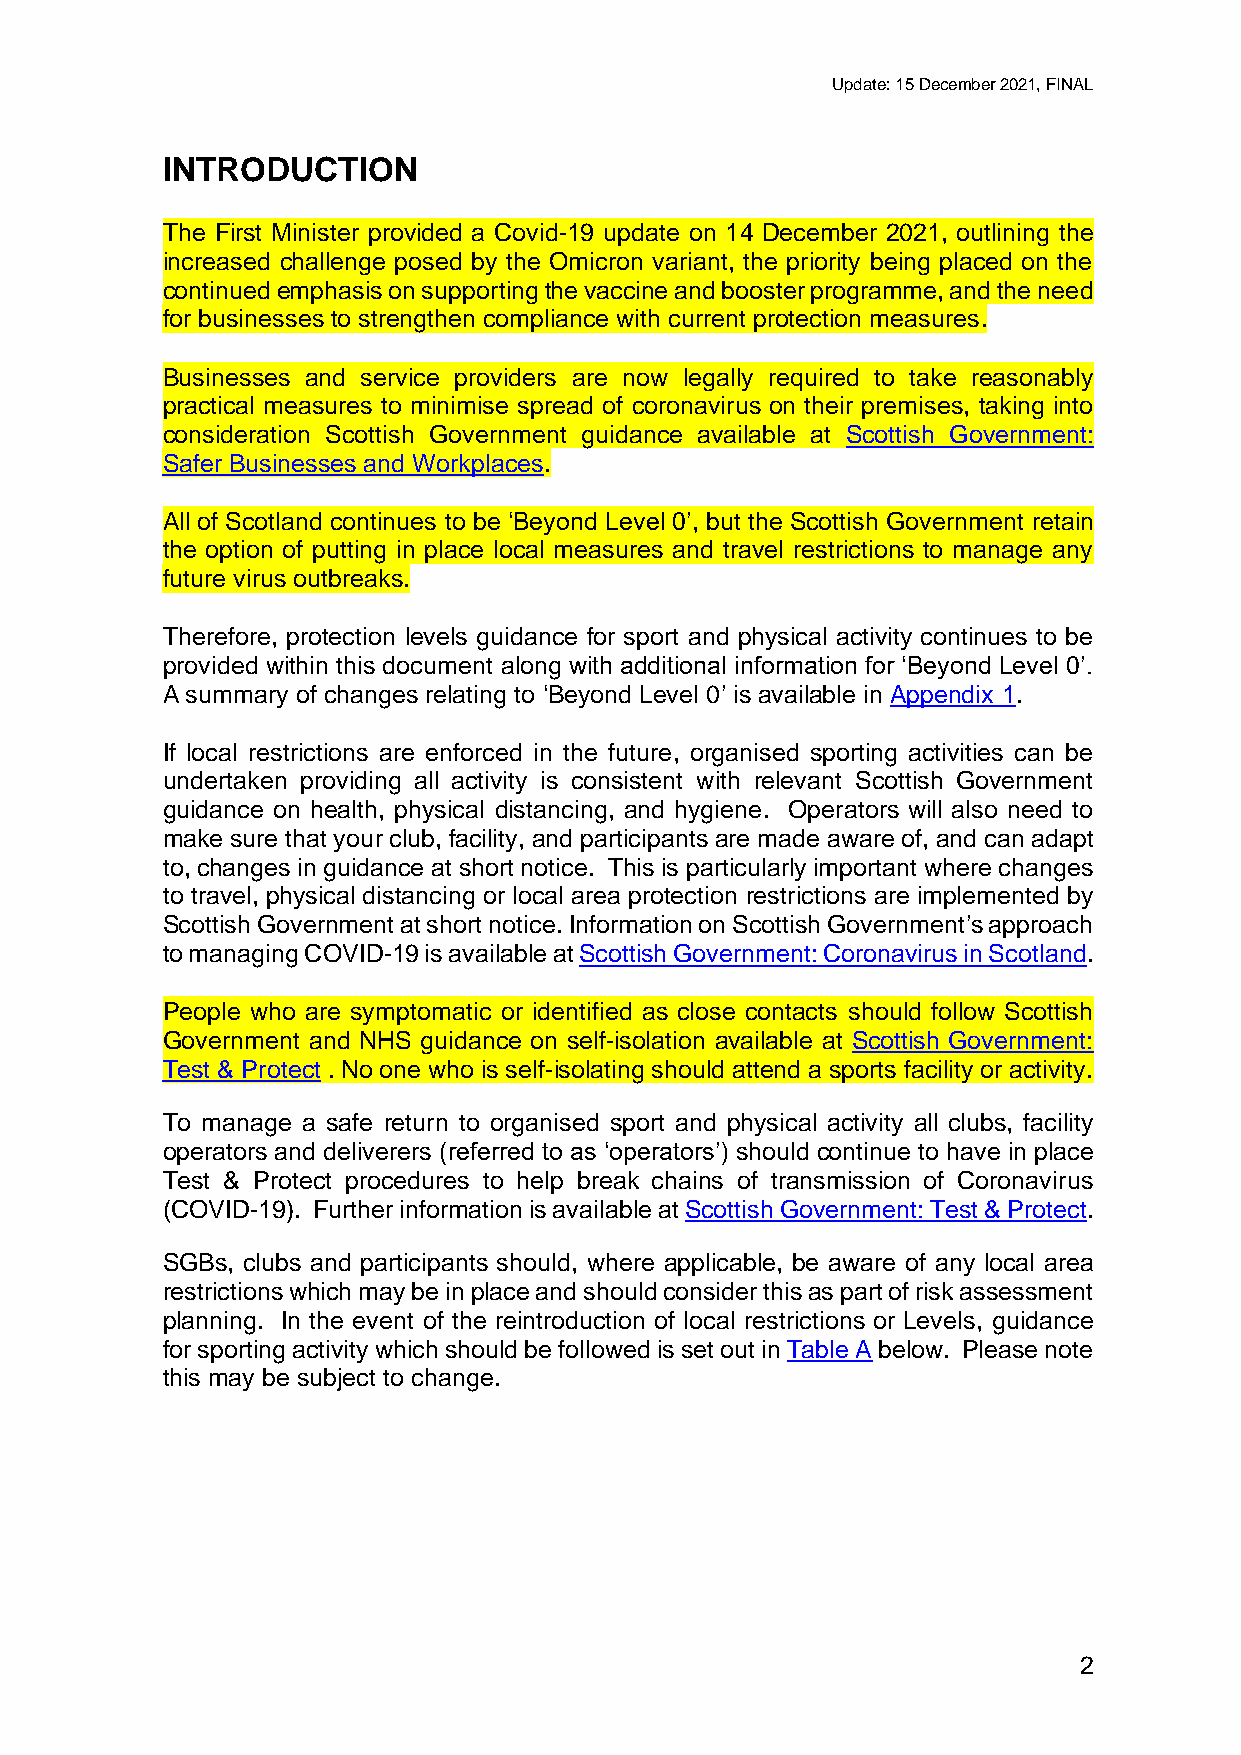
Update: 15 December 2021, FINAL
 INTRODUCTION
 The First Minister provided a Covid-19 update on 14 December 2021, outlining the
 increased challenge posed by the Omicron variant, the priority being placed on the
 continued emphasis on supporting the vaccine and booster programme, and the need
 for businesses to strengthen compliance with current protection measures.
 Businesses and service providers are now legally required to take reasonably
 practical measures to minimise spread of coronavirus on their premises, taking into
 consideration Scottish Government guidance available at Scottish Government:
 Safer Businesses and Workplaces.
 All of Scotland continues to be ‘Beyond Level 0’, but the Scottish Government retain
 the option of putting in place local measures and travel restrictions to manage any
 future virus outbreaks.
 Therefore, protection levels guidance for sport and physical activity continues to be
 provided within this document along with additional information for ‘Beyond Level 0’.
 A summary of changes relating to ‘Beyond Level 0’ is available in Appendix 1.
 If local restrictions are enforced in the future, organised sporting activities can be
 undertaken providing all activity is consistent with relevant Scottish Government
 guidance on health, physical distancing, and hygiene. Operators will also need to
 make sure that your club, facility, and participants are made aware of, and can adapt
 to, changes in guidance at short notice. This is particularly important where changes
 to travel, physical distancing or local area protection restrictions are implemented by
 Scottish Government at short notice. Information on Scottish Government’s approach
 to managing COVID-19 is available at Scottish Government: Coronavirus in Scotland.
 People who are symptomatic or identified as close contacts should follow Scottish
 Government and NHS guidance on self-isolation available at Scottish Government:
 Test & Protect . No one who is self-isolating should attend a sports facility or activity.
 To manage a safe return to organised sport and physical activity all clubs, facility
 operators and deliverers (referred to as ‘operators’) should continue to have in place
 Test & Protect procedures to help break chains of transmission of Coronavirus
 (COVID-19). Further information is available at Scottish Government: Test & Protect.
 SGBs, clubs and participants should, where applicable, be aware of any local area
 restrictions which may be in place and should consider this as part of risk assessment
 planning. In the event of the reintroduction of local restrictions or Levels, guidance
 for sporting activity which should be followed is set out in Table A below. Please note
 this may be subject to change.
 2